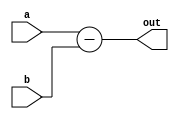
module sub(a,b,out);
input [31:0]a,b;
output reg [31:0] out;
always @*
out=a-b;
endmodule